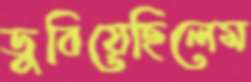
ডুবিয়েছিলেম